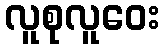
လူစုလူဝေး